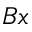
B x